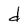
Character: d